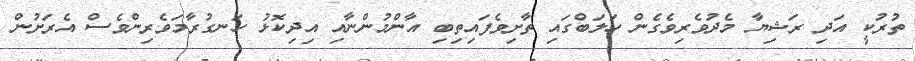
ތުރުކީ އަދި ރަޝިޔާ މެދުވެރިވެގެން ހަލަބްގައި ތާށިވެފައިތިބި އާންމުންނާއި އިދިކޮޅު ހަނގުރާމަވެރިންވެސް އެރަށުން